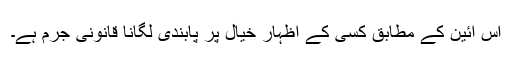
اس آئین کے مطابق کسی کے اظہار خیال پر پابندی لگانا قانونی جرم ہے۔